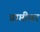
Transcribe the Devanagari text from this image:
प्राप्तीवर